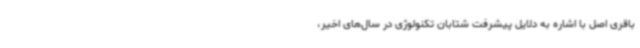
باقری اصل با اشاره به دلایل پیشرفت شتابان تکنولوژی در سال‌های اخیر،